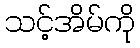
သင့်အိမ်ကို